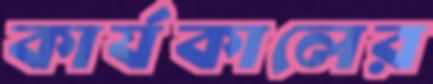
কার্যকালের